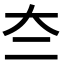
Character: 夳